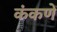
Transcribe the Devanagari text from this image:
कंकणें